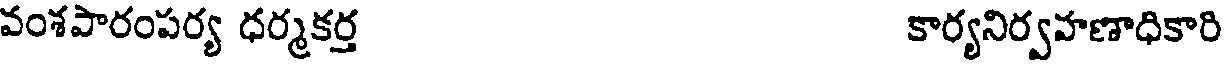
వంశపారంపర్య ధర్మకర్త కార్యనిర్వహణాధికారి